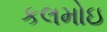
કલમોઇ